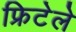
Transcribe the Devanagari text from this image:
फ्रिटेले